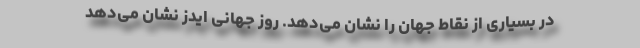
در بسیاری از نقاط جهان را نشان می‌دهد. روز جهانی ایدز نشان می‌دهد